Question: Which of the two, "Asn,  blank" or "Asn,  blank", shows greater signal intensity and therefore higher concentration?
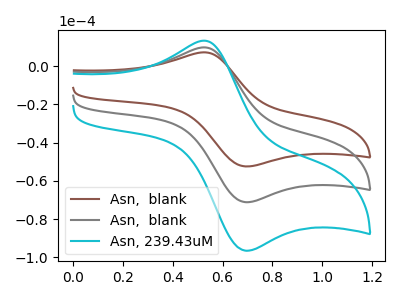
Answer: <think>The brown curve "Asn,  blank" has an anodic peak at (0.55V, 7.25uA) and a cathodic peak at (0.70V, -52.45uA). The gray curve "Asn,  blank" has an anodic peak at (0.55V, 9.80uA) and a cathodic peak at (0.70V, -71.15uA). The cyan curve "Asn, 239.43uM" has an anodic peak at (0.55V, 19.65uA) and a cathodic peak at (0.70V, -142.25uA).
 All the peaks in "Asn,  blank" have a peak in "Asn,  blank" at the same potential. Every peak in "Asn,  blank" is lower than every peak in "Asn,  blank".</think>
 <answer>"Asn,  blank" has less signal than "Asn,  blank" and so likely has a lower concentration.</answer>
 <eval>less_concentration</eval>